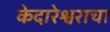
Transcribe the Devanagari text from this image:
केदारेश्वराचा